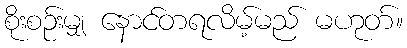
စိုးစဉ်းမျှ နောင်တရလိမ့်မည် မဟုတ်။